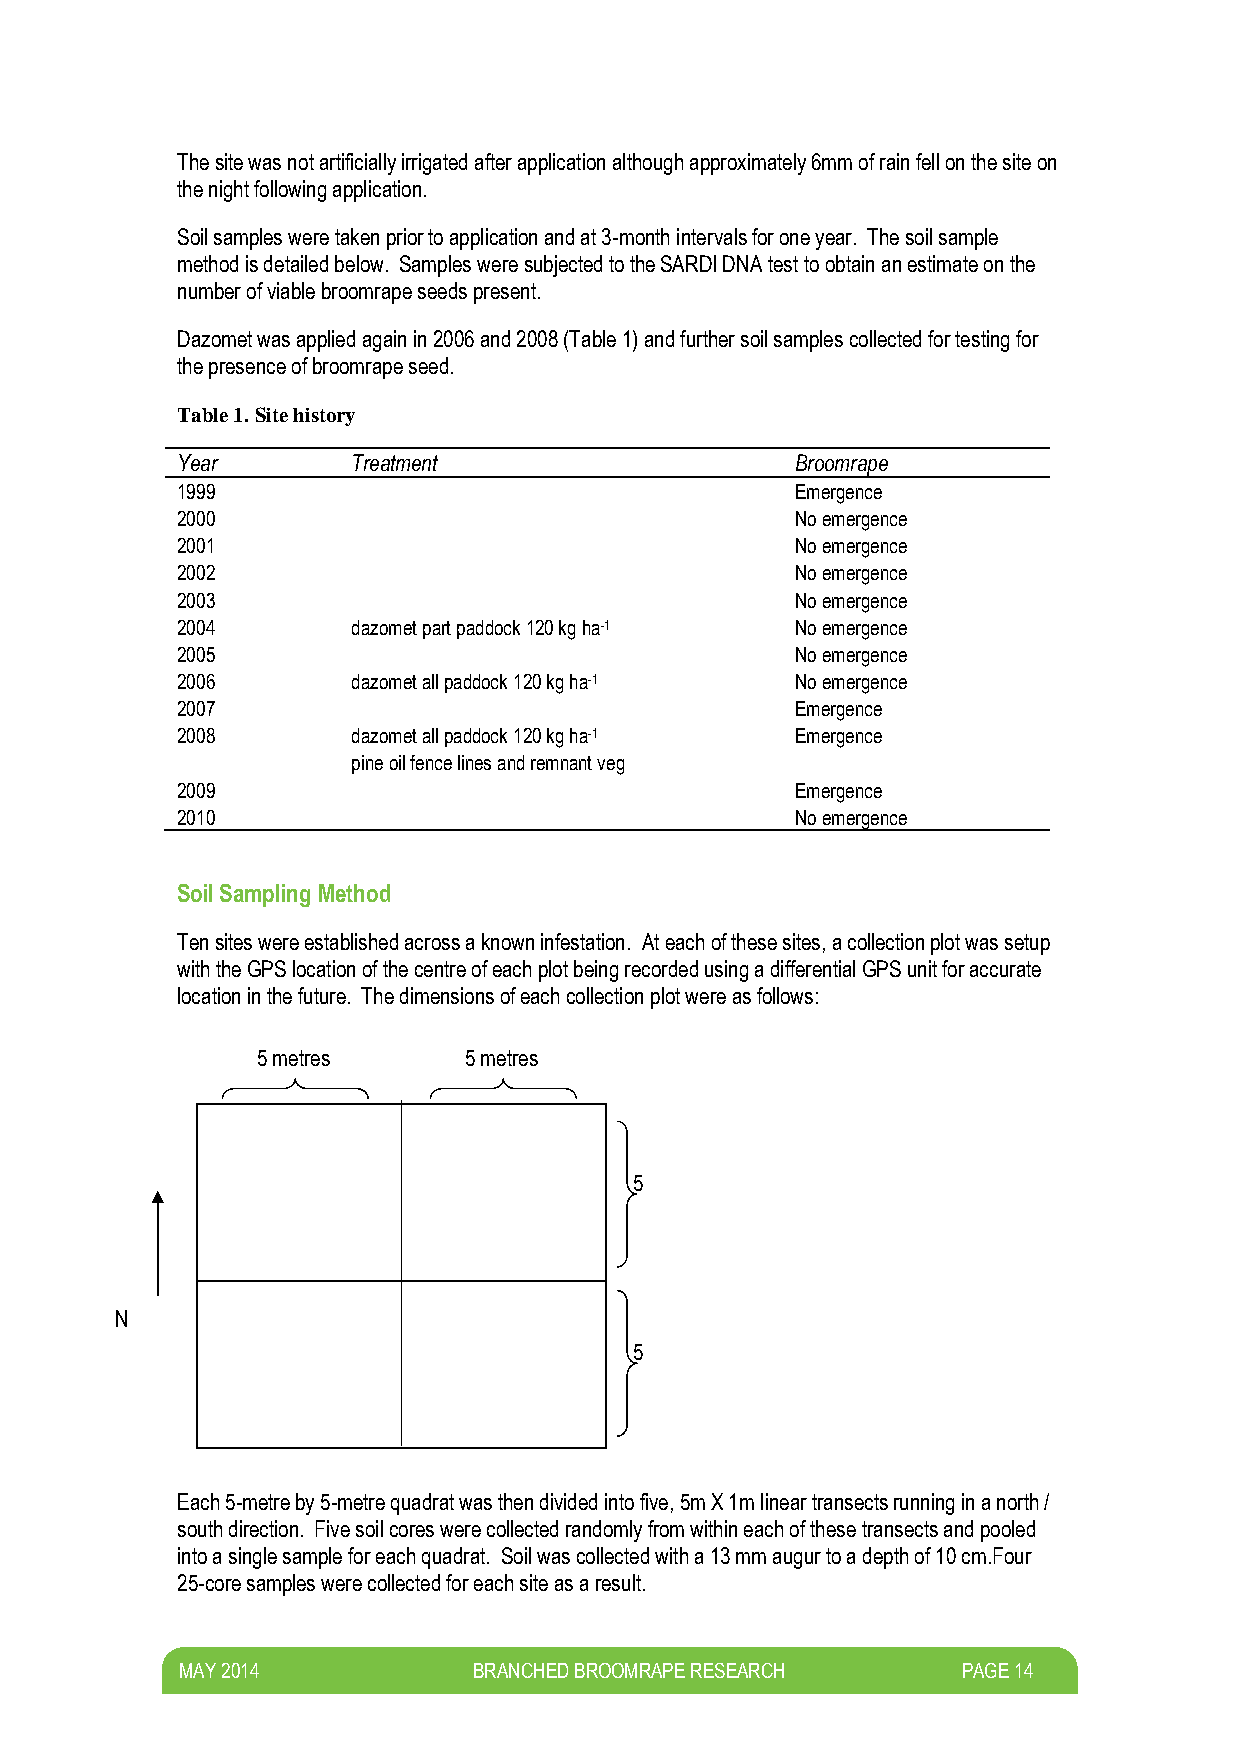
The site was not artificially irrigated after application although approximately 6mm of rain fell on the site on
 the night following application.
 Soil samples were taken prior to application and at 3-month intervals for one year. The soil sample
 method is detailed below. Samples were subjected to the SARDI DNA test to obtain an estimate on the
 number of viable broomrape seeds present.
 Dazomet was applied again in 2006 and 2008 (Table 1) and further soil samples collected for testing for
 the presence of broomrape seed.
 Table 1. Site history
 Year       Treatment                     Broomrape
 1999                                     Emergence
 2000                                     No emergence
 2001                                     No emergence
 2002                                     No emergence
 2003                                     No emergence
 2004       dazomet part paddock 120 kg ha-1 No emergence
 2005                                     No emergence
 2006       dazomet all paddock 120 kg ha-1 No emergence
 2007                                     Emergence
 2008       dazomet all paddock 120 kg ha-1 Emergence
 pine oil fence lines and remnant veg
 2009                                     Emergence
 2010                                     No emergence
 Soil Sampling Method
 Ten sites were established across a known infestation. At each of these sites, a collection plot was setup
 with the GPS location of the centre of each plot being recorded using a differential GPS unit for accurate
 location in the future. The dimensions of each collection plot were as follows:
 5 metres      5 metres
 5
 metres
 N
 5
 metres
 Each 5-metre by 5-metre quadrat was then divided into five, 5m X 1m linear transects running in a north /
 south direction. Five soil cores were collected randomly from within each of these transects and pooled
 into a single sample for each quadrat. Soil was collected with a 13 mm augur to a depth of 10 cm.Four
 25-core samples were collected for each site as a result.
 M AY 2014          BRANCHED BROOMRAPE RESEARCH      PAGE 14